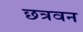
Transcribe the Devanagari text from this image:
छत्रवन